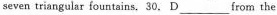
seven triangular fountains.30.D ___ from the